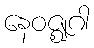
နေဝဇ္ဈဂါ